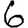
Digit: 6